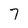
Character: 7